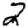
Digit: 2